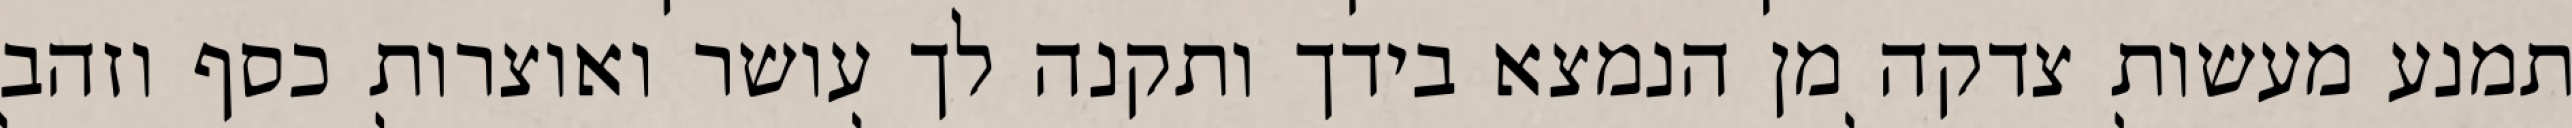
תמנע מעשות צדקה מן הנמצא בידך ותקנה לך עושר ואוצרות כסף וזהב